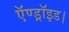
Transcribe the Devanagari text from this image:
ऍण्ड्रॉइड।